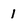
Character: I